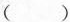
( )